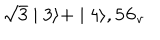
\sqrt { 3 } \mid 3 \rangle + \mid 4 \rangle , { \bf 5 6 _ { v } }